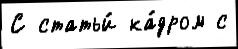
С статьи́ ка́дром с